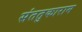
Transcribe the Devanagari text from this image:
संततुकाराम